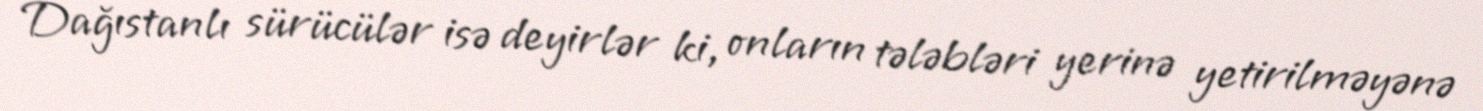
Dağıstanlı sürücülər isə deyirlər ki, onların tələbləri yerinə yetirilməyənə